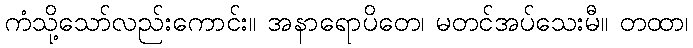
ကံသို့သော်လည်းကောင်း။ အနာရောပိတေ၊ မတင်အပ်သေးမီ။ တထာ၊